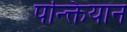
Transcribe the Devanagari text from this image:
पन्क्तियान